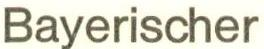
Bayerischer